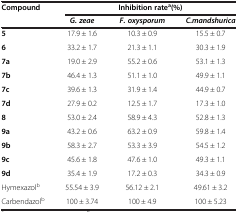
| Compound | <COLSPAN=3> Inhibition ratea(%) |
 |  | G. zeae | F. oxysporum | C.mandshurica |
 | --- | --- | --- | --- |
 | 5 | 17.9 ± 1.6 | 10.3 ± 0.9 | 15.5 ± 0.7 |
 | 6 | 33.2 ± 1.7 | 21.3 ± 1.1 | 30.3 ± 1.9 |
 | 7a | 19.0 ± 2.9 | 55.2 ± 0.6 | 53.1 ± 1.3 |
 | 7b | 46.4 ± 1.3 | 51.1 ± 1.0 | 49.9 ± 1.1 |
 | 7c | 39.6 ± 1.3 | 31.9 ± 1.4 | 44.9 ± 0.7 |
 | 7d | 27.9 ± 0.2 | 12.5 ± 1.7 | 17.3 ± 1.0 |
 | 8 | 53.0 ± 2.4 | 58.9 ± 4.3 | 52.8 ± 1.3 |
 | 9a | 43.2 ± 0.6 | 63.2 ± 0.9 | 59.8 ± 1.4 |
 | 9b | 58.3 ± 2.7 | 53.3 ± 3.9 | 54.5 ± 1.2 |
 | 9c | 45.6 ± 1.8 | 47.6 ± 1.0 | 49.3 ± 1.1 |
 | 9d | 35.4 ± 1.9 | 17.2 ± 0.3 | 34.3 ± 0.9 |
 | Hymexazolb | 55.54 ± 3.9 | 56.12 ± 2.1 | 49.61 ± 3.2 |
 | Carbendazolb | 100 ± 3.74 | 100 ± 4.9 | 100 ± 5.23 |